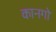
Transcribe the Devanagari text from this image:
कानगो